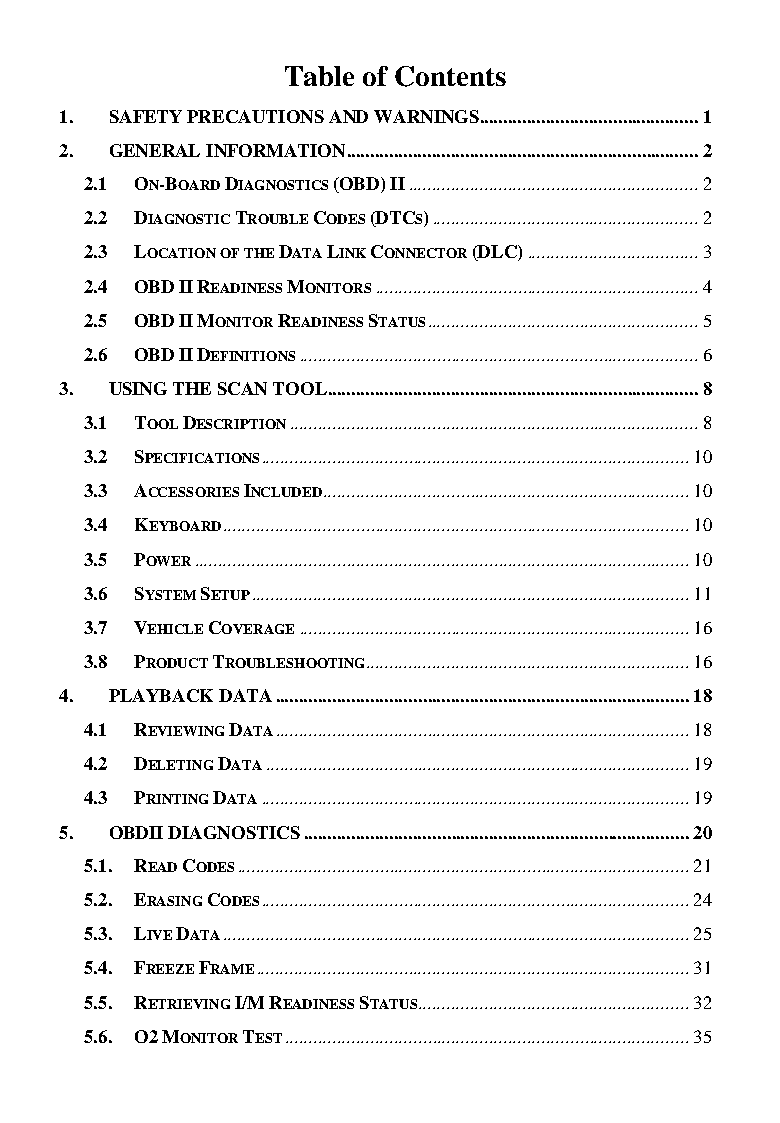
Table of Contents
 1. SAFETY PRECAUTIONS AND WARNINGS .............................................. 1
 2. GENERAL INFORMATION .......................................................................... 2
 2.1 ON-BOARD DIAGNOSTICS (OBD) II ............................................................. 2
 2.2 DIAGNOSTIC TROUBLE CODES (DTCS) ........................................................ 2
 2.3 LOCATION OF THE DATA LINK CONNECTOR (DLC) .................................... 3
 2.4 OBD II READINESS MONITORS .................................................................... 4
 2.5 OBD II MONITOR READINESS STATUS ......................................................... 5
 2.6 OBD II DEFINITIONS .................................................................................... 6
 3. USING THE SCAN TOOL .............................................................................. 8
 3.1 TOOL DESCRIPTION ...................................................................................... 8
 3.2 SPECIFICATIONS .......................................................................................... 10
 3.3 ACCESSORIES INCLUDED............................................................................. 10
 3.4 KEYBOARD .................................................................................................. 10
 3.5 POWER ........................................................................................................ 10
 3.6 SYSTEM SETUP ............................................................................................ 11
 3.7 VEHICLE COVERAGE .................................................................................. 16
 3.8 PRODUCT TROUBLESHOOTING.................................................................... 16
 4. PLAYBACK DATA ....................................................................................... 18
 4.1 REVIEWING DATA ....................................................................................... 18
 4.2 DELETING DATA ......................................................................................... 19
 4.3 PRINTING DATA .......................................................................................... 19
 5. OBDII DIAGNOSTICS ................................................................................. 20
 5.1. READ CODES ............................................................................................... 21
 5.2. ERASING CODES .......................................................................................... 24
 5.3. LIVE DATA .................................................................................................. 25
 5.4. FREEZE FRAME ........................................................................................... 31
 5.5. RETRIEVING I/M READINESS STATUS ......................................................... 32
 5.6. O2 MONITOR TEST ..................................................................................... 35